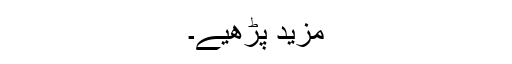
مزید پڑھیے۔